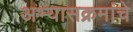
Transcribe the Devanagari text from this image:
अभ्‍यासक्रमांचे